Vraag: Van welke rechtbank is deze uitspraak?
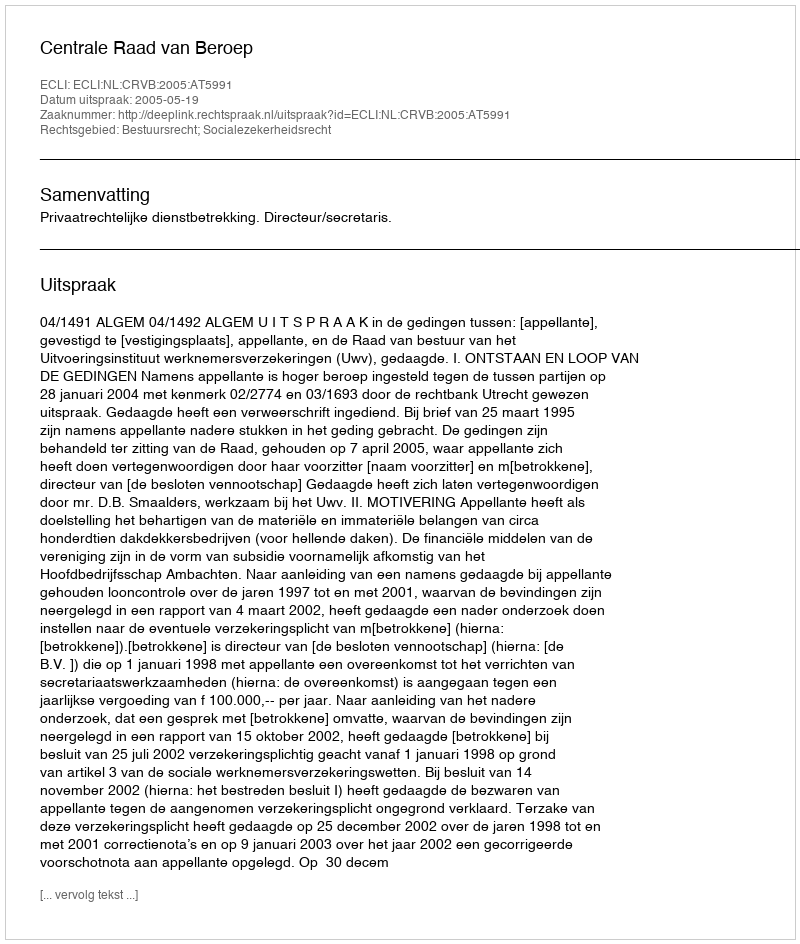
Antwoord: Centrale Raad van Beroep